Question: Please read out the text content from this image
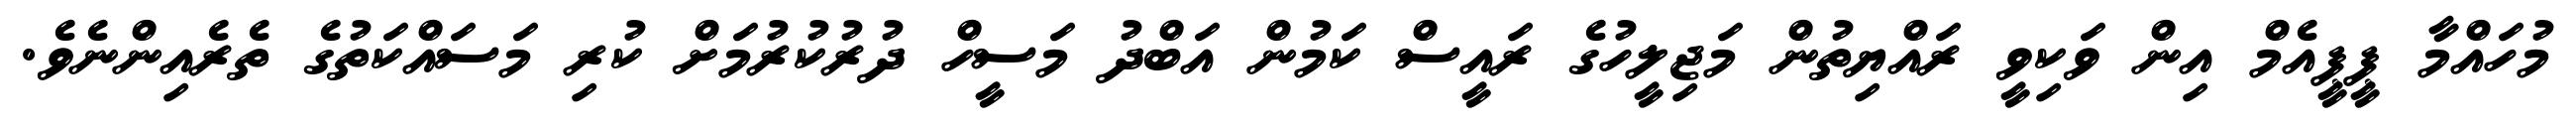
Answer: މުހައްމާ ޕީޕީއެމް އިން ވަކިވީ ރައްޔިތުން މަޖިލީހުގެ ރައީސް ކަމުން އަބްދު މަސީހް ދުރުކުރުމަށް ކުރި މަސައްކަތުގެ ތެރެއިންނެވެ.